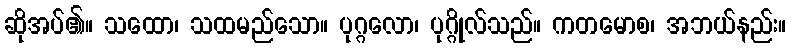
ဆိုအပ်၏။ သထော၊ သထမည်သော။ ပုဂ္ဂလော၊ ပုဂ္ဂိုလ်သည်။ ကတမောစ၊ အဘယ်နည်း။